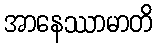
အာနေဿာမာတိ